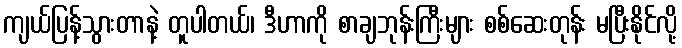
ကျယ်ပြန့်သွားတာနဲ့ တူပါတယ်၊ ဒီဟာကို စာချဘုန်းကြီးများ စစ်ဆေးတုန်း မပြီးနိုင်လို့